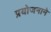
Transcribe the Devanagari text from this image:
प्रयोजनाने